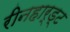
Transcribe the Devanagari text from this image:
रीनहार्ड्ट